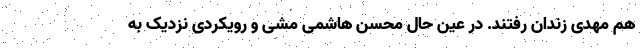
هم مهدی زندان رفتند. در عین حال محسن هاشمی مشی و رویکردی نزدیک به